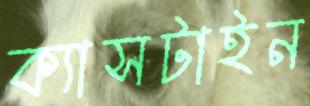
ক্যাসটাইন